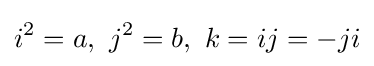
i^{2}=a,\ j^{2}=b,\ k=ij=-ji